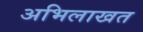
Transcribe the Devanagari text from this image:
अभिलाखत